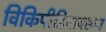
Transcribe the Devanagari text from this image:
विकिपीडियावरून